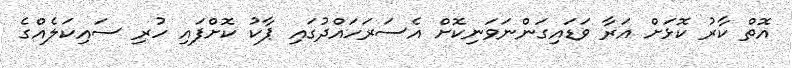
އޮތް ކާރު ކޮޅަށް އަރާ ވަޑައިގަންނަވަނިކޮށް އެސަރަހައްދުގައި ޕާކު ކޮށްފައި ހުރި ސައިކަލެއްގެ